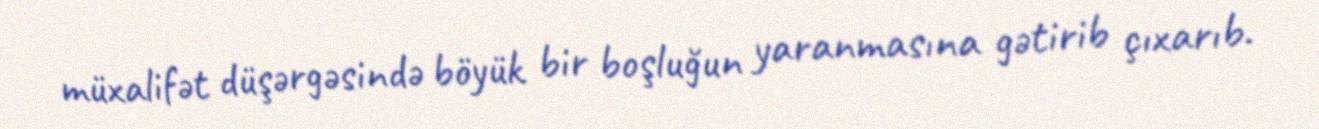
müxalifət düşərgəsində böyük bir boşluğun yaranmasına gətirib çıxarıb.